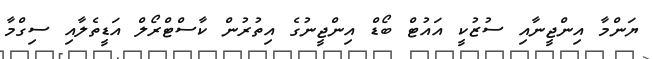
ޔަންމާ އިންޖީނާއި ސުޒުކީ އައުޓް ބޯޑް އިންޖީނުގެ އިތުރުން ކާސްޓްރޯލް އަޑީތެލާއި ސިގްމާ